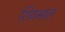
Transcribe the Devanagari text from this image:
शिवभाल